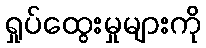
ရှုပ်ထွေးမှုများကို